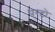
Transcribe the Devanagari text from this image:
परटो